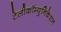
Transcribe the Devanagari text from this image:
टेलीकॉम्युनिकेशन